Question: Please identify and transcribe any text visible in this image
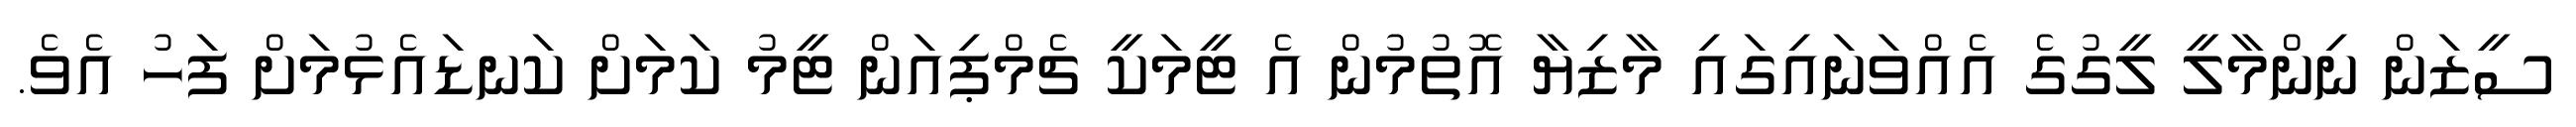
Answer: ސީޒަން ނިންމާލީ ލީގުގެ އެއްވަނައިގައި މާޒިޔާ އޮތުމުން އެ ޓީމަކީ ޗެމްޕިއަން ޓީމު ކަމަށް ކަނޑައެޅުމަށް ފަހު އެވެ.